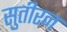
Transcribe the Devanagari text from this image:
सुतीरन